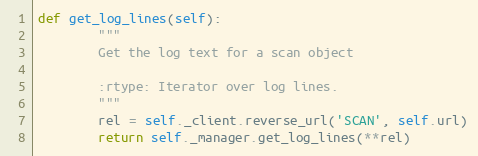
Language: Python
def get_log_lines(self):
        """
        Get the log text for a scan object

        :rtype: Iterator over log lines.
        """
        rel = self._client.reverse_url('SCAN', self.url)
        return self._manager.get_log_lines(**rel)